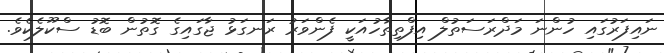
ނައިފަރުގައި ހުންނަ މަދްރަސަތުލް އިފްތިތާހުއަކީ ފެންވަރު ރަނގަޅު ޖާގައިގެ ގޮތުން ބޮޑު ސްކޫލެކެވެ.